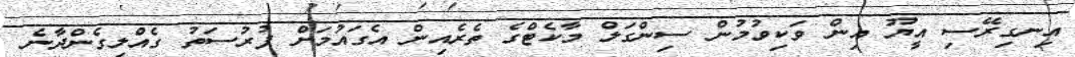
އިނގިރޭސި އީޔޫ އިން ވަކިވުމުން ސިންގަލް މާކެޓްގެ ތެރެއިން އެގައުމަށް ފުރުސަތު ގެއްލިގެންދާނެ